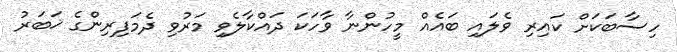
ހިސާބަކަށް ކައިރި ވެލައި ބައެއް މީހުންނާ ވާހަކަ ދައްކާލެވި މަރުވި ދެމަފިރިންގެ ޚަބަރު